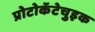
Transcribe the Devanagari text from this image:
प्रोटोकॅटेचुइक